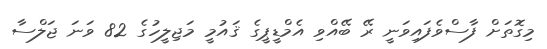
މިގޮތަށް ފާސްވެފައިވަނީ ރޭ ބޭއްވި އެމްޑީޕީގެ ޤައުމީ މަޖިލީހުގެ 82 ވަނަ ޖަލްސާ